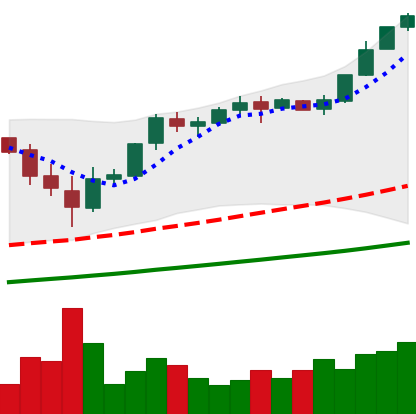
Ticker: BTC-USD
Chart end date: 2017-11-28
Forward return: 12.57%
Label: up_7plus